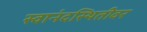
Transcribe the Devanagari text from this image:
स्वानंदस्थितीवर